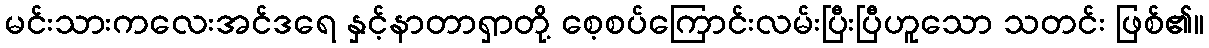
မင်းသားကလေးအင်ဒရေ နှင့်နာတာရှာတို့ စေ့စပ်ကြောင်းလမ်းပြီးပြီဟူသော သတင်း ဖြစ်၏။